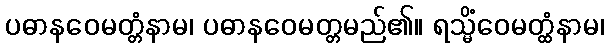
ပဓာနဝေမတ္တံနာမ၊ ပဓာနဝေမတ္တမည်၏။ ရသ္မိံဝေမတ္ထံနာမ၊